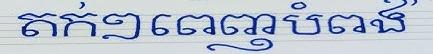
តក់ៗពេញបំពង់